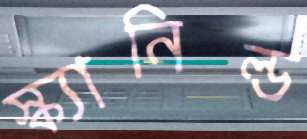
স্ক্যানিল্ড